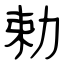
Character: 勅